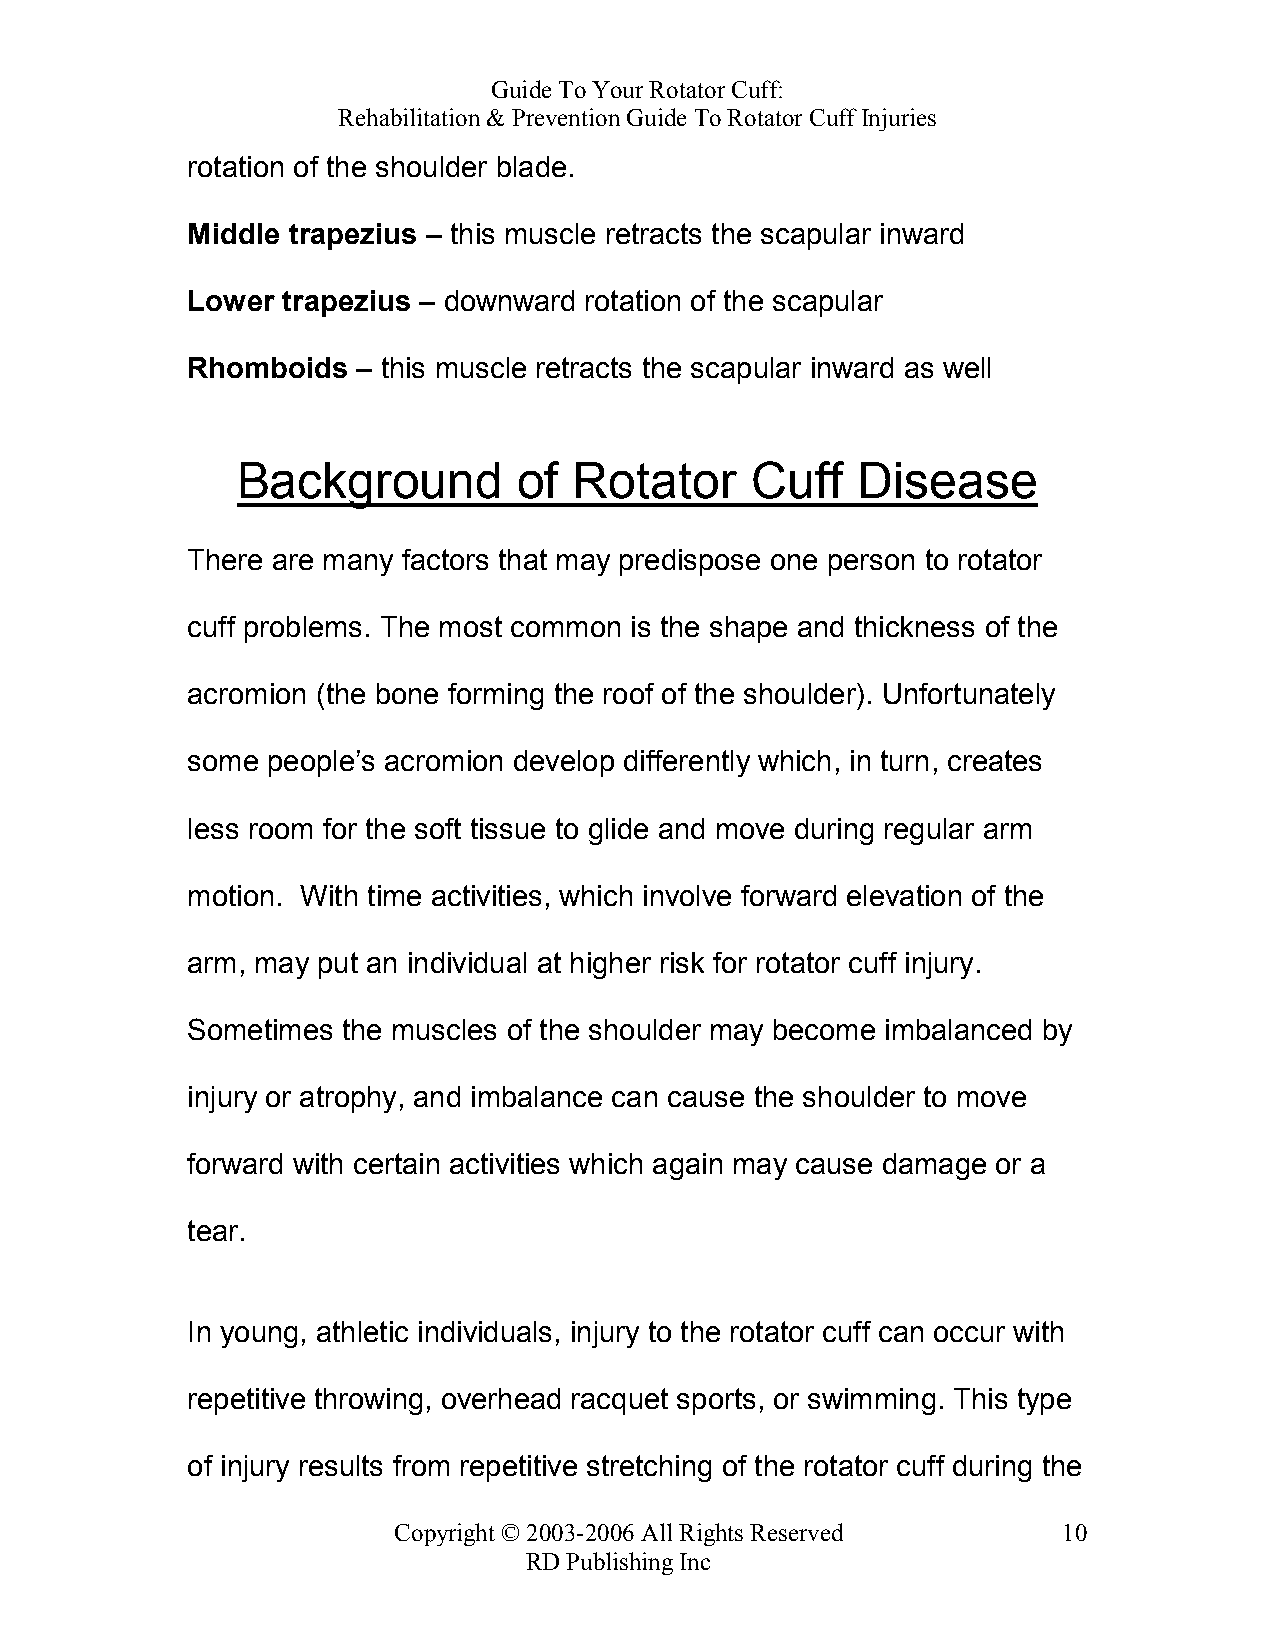
Guide To Your Rotator Cuff:
 Rehabilitation & Prevention Guide To Rotator Cuff Injuries
 rotation of the shoulder blade.
 Middle trapezius – this muscle retracts the scapular inward
 Lower  trapezius – downward rotation of the scapular
 Rhomboids   – this muscle retracts the scapular inward as well
 Background        of  Rotator     Cuff   Disease
 There are many factors that may predispose one person to rotator
 cuff problems. The most common is the shape and thickness of the
 acromion (the bone forming the roof of the shoulder). Unfortunately
 some  people’s acromion develop differently which, in turn, creates
 less room for the soft tissue to glide and move during regular arm
 motion. With time activities, which involve forward elevation of the
 arm, may put an individual at higher risk for rotator cuff injury.
 Sometimes  the muscles of the shoulder may become imbalanced by
 injury or atrophy, and imbalance can cause the shoulder to move
 forward with certain activities which again may cause damage or a
 tear.
 In young, athletic individuals, injury to the rotator cuff can occur with
 repetitive throwing, overhead racquet sports, or swimming. This type
 of injury results from repetitive stretching of the rotator cuff during the
 Copyright © 2003-2006 All Rights Reserved   10
 RD Publishing Inc